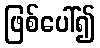
ဖြစ်ပေါ်၍